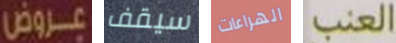
عروض سيقف الهراءات العنب